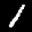
Label: 1